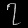
Digit: ၇